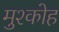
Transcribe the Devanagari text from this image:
मुश्कोह